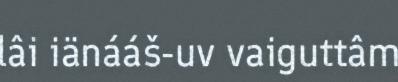
lâi iänááš-uv vaiguttâm